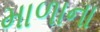
માળાના